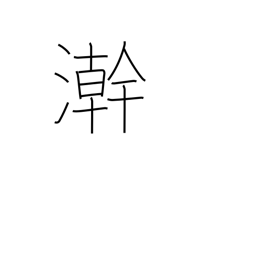
Meaning: wash